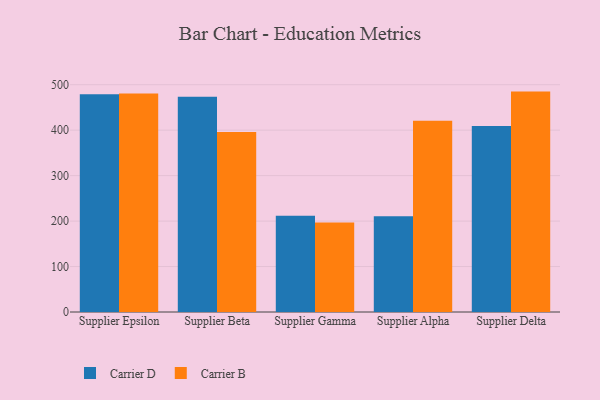
{"axis": {"x": "Supplier", "y": "Satisfaction Score"}, "legend": ["Carrier B", "Carrier D"], "data": [{"x": "Supplier Epsilon", "y": 478.8, "type": "Carrier D"}, {"x": "Supplier Epsilon", "y": 480.4, "type": "Carrier B"}, {"x": "Supplier Beta", "y": 473.4, "type": "Carrier D"}, {"x": "Supplier Beta", "y": 396.1, "type": "Carrier B"}, {"x": "Supplier Gamma", "y": 211.6, "type": "Carrier D"}, {"x": "Supplier Gamma", "y": 196.7, "type": "Carrier B"}, {"x": "Supplier Alpha", "y": 210.8, "type": "Carrier D"}, {"x": "Supplier Alpha", "y": 420.8, "type": "Carrier B"}, {"x": "Supplier Delta", "y": 408.9, "type": "Carrier D"}, {"x": "Supplier Delta", "y": 484.8, "type": "Carrier B"}]}